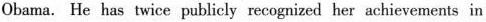
Obama. He has twice publicly recognized her achievements in